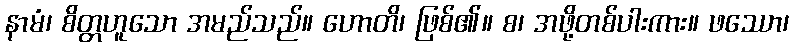
နာမံ၊ စိတ္တဟူသော အမည်သည်။ ဟောတိ၊ ဖြစ်၏။ စ၊ အဖို့တစ်ပါးကား။ ဖဿော၊